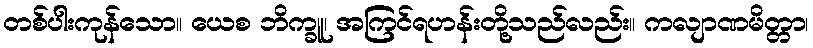
တစ်ပါးကုန်သော။ ယေစ ဘိက္ခူ၊ အကြင်ရဟန်းတို့သည်လည်း။ ကလျာဏမိတ္တာ၊